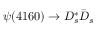
\psi ( 4 1 6 0 ) \to D _ { s } ^ { * } \bar { D } _ { s }